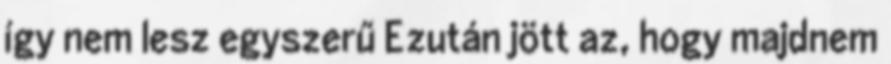
így nem lesz egyszerű Ezután jött az, hogy majdnem